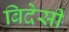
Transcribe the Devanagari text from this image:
बिदेसी